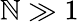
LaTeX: \mathbb{N}\gg1